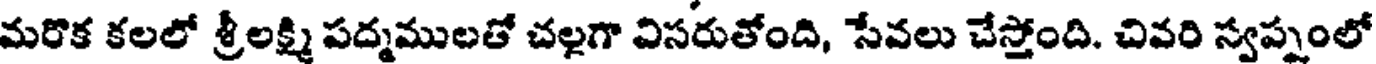
మరొక కలలో శ్రీలక్ష్మి పద్మములతో చల్లగా విసరుతోంది, సేవలు చేస్తోంది. చివరి స్వప్నంలో